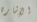
الإشاره